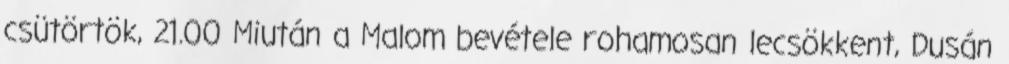
csütörtök, 21.00 Miután a Malom bevétele rohamosan lecsökkent, Dusán